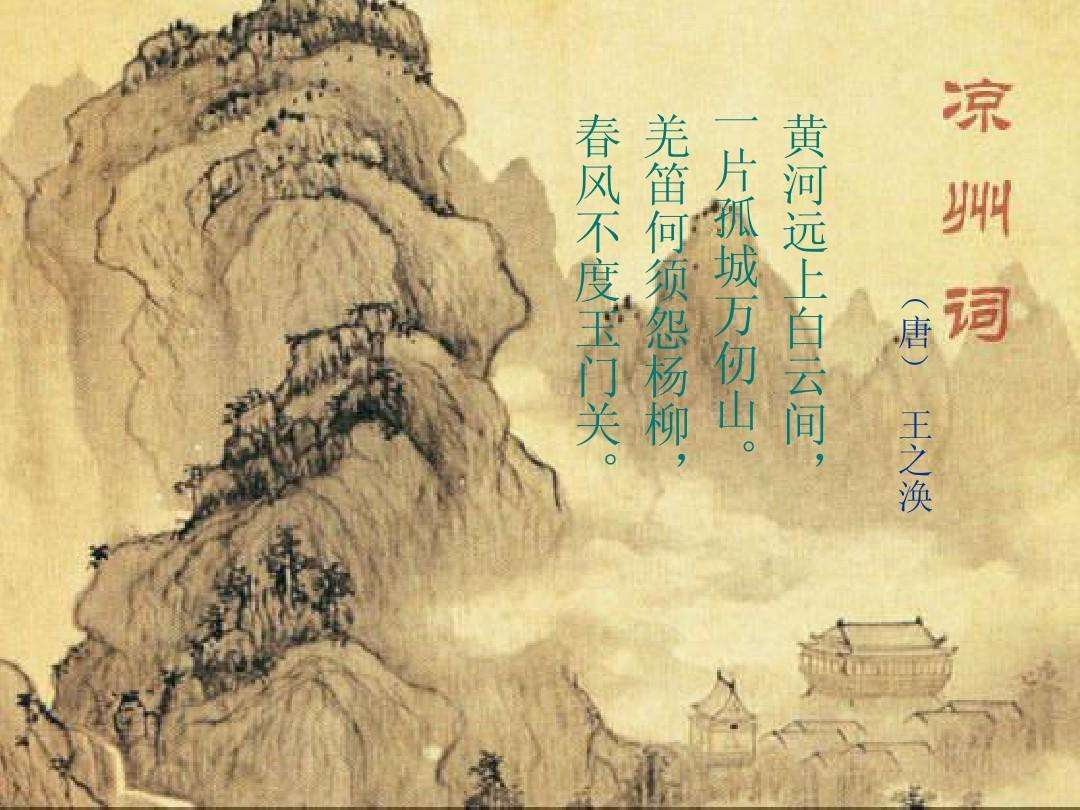
汉家天子今神武，不肯和亲归去来。